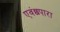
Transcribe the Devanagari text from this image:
एवंछपारा